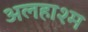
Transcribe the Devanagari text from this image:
अलहाश्म